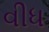
વીધ